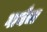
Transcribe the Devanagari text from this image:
गाथेचा